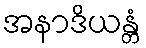
အနာဒိယန္တံ